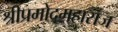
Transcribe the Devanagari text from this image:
श्रीप्रमोदमहाराज